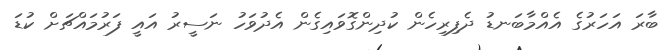
ބާރަ އަހަރުގެ އެއްމާބަނޑު ދެފިރިހެން ކުދިންގޮވައިގެން އެދުވަހު ނަސީރު އައީ ފަރުމައްޗަށް ކުޑަ